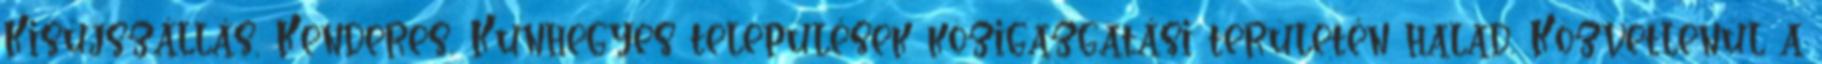
Kisújszállás, Kenderes, Kunhegyes települések közigazgatási területén halad. Közvetlenül a